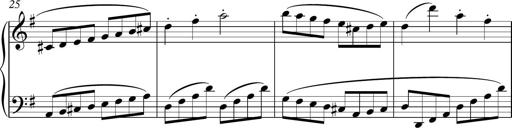
Title: Sonatina
Composer: Kemble Stout
Key: G major